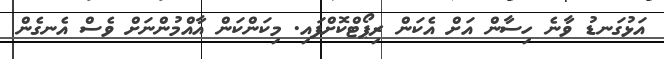
އަޅުގަނޑު ވާނެ ހިސާން އަށް އެކަން ރިޕޯޓްކޮށްފައި. މިކަންކަން އާއްމުންނަށް ވެސް އެނގެން